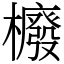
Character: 櫠